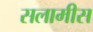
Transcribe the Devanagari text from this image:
सलामीस